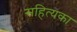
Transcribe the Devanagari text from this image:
सहित्यका